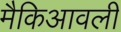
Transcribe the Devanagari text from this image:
मैकिआवली